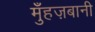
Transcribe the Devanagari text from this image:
मुँहज़बानी